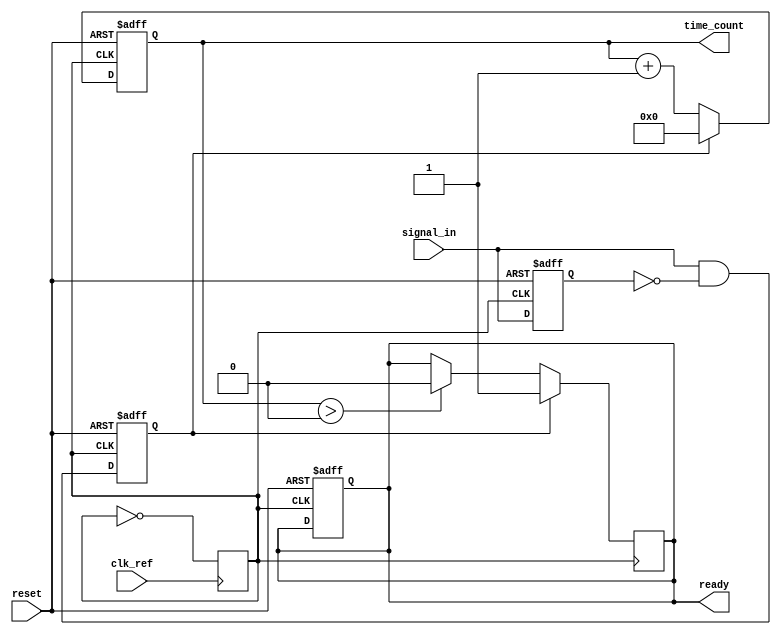
module TDC (
    input wire clk_ref,           // Reference clock
    input wire signal_in,         // Input signal to measure
    input wire reset,             // Reset signal
    output reg [31:0] time_count, // Measured time interval
    output reg ready              // Ready signal to indicate when measurement is valid
);

    // PLL Configuration - Placeholder for PLL Implementation
    reg pll_clk; // PLL output clock
    initial begin
        pll_clk = 0;
    end

    always @(posedge clk_ref) begin
        // Simple PLL simulation (toggle for demonstration purposes)
        pll_clk <= ~pll_clk;
    end

    // Edge Detection
    reg prev_signal;
    reg edge_detected;

    always @(posedge pll_clk or posedge reset) begin
        if (reset) begin
            prev_signal <= 0;
            edge_detected <= 0;
            time_count <= 0;
            ready <= 0;
        end else begin
            edge_detected <= signal_in & ~prev_signal; // Rising edge detection
            prev_signal <= signal_in;

            if (edge_detected) begin
                time_count <= 0; // Reset count on new edge
            end else begin
                time_count <= time_count + 1; // Count clock cycles
            end
        end
    end

    // Indicate when measurement is valid
    always @(posedge pll_clk) begin
        if (edge_detected) begin
            ready <= 1; // Measurement is ready
        end else if (time_count > 0) begin
            ready <= 0; // Reset ready signal
        end
    end

endmodule